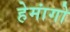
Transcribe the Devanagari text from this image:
हेमांगो